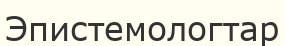
Эпистемологтар